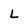
Character: L